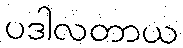
ပဒါလတာယ